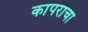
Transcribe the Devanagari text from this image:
कापराचा